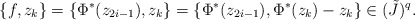
\begin{align*}\{f,z_k\} =\{\Phi^*(z_{2i-1}),z_k\} = \{\Phi^*(z_{2i-1}), \Phi^*(z_k)-z_k\}\in (\tilde J)^q.\end{align*}